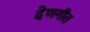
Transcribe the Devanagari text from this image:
देणगीत